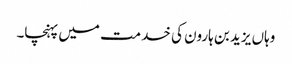
وہاں یزید بن ہارون کی خدمت میں پہنچا۔